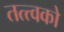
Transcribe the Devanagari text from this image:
तत्त्वको